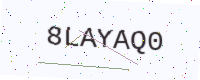
Text: 8LAYAQ0